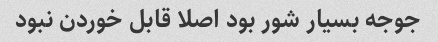
جوجه بسیار شور بود اصلا قابل خوردن نبود